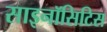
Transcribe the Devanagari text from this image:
साइनॉसिटिस